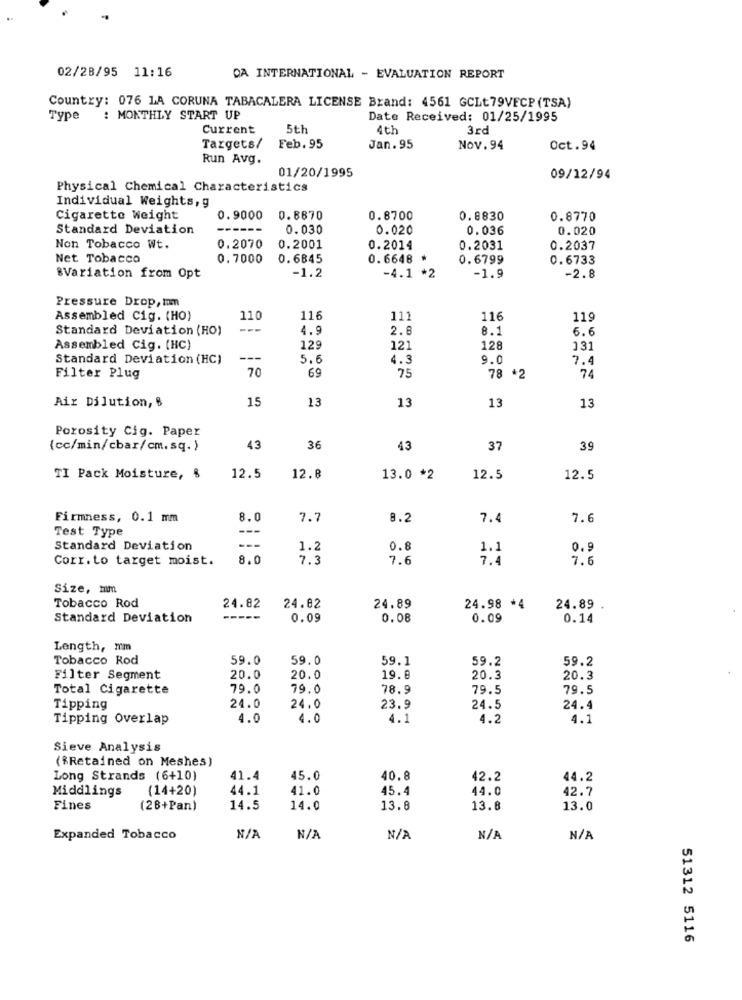
02/28/95 11:16
DA INTERNATIONAL - EVALUATION REPORT
Country: 076 LA CORUNA TABACALERA LICENSE Brand: 4561 GCLt79VECP (TSA)
Type : MONTHLY START UP
Date Received: 01/25/1995
Current
5th
4th
3rd
Targets/
Feb. 95
Jan. 95
Nov. 94
Oct.94
Run Avg.
01/20/1995
09/12/94
Physical Chemical Characteristics
Individual Weights, g
Cigarette Weight
0.9000
0.8670
0.8700
0.8830
0.8770
Standard Deviation
----
0.030
0.020
0.036
0.020
Non Tobacco Wt.
0.2070
0.2001
0.2014
0.2031
0.2037
Net Tobacco
0.7000
0.6845
0.6648
0.6799
0.6733
-1.2
-2.8
"Variation from Opt
-4.1 *2
-1.9
Pressure Drop, Im
Assembled Cig. (HO)
110
116
111
116
119
Standard Deviation (HO)
4.9
2.6
8.1
6.6
Assembled Cig. (HC)
129
121
128
131
Standard Deviation (HC)
---
5.6
1.3
9.0
70
69
75
7.4
Filter Plug
78 *2
15
13
13
13
Air Dilution, 6
13
Porosity Cig. Paper
{cc/min/cbar/cm.sq. )
43
36
43
37
39
TI Pack Moisture, $
12.5
12.8
13.0 *2
12.5
12.5
Firmness, 0.1 mm
8.0
7.7
8.2
7.4
7.6
Test Type
---
Standard Deviation
1.2
0.8
1.1
0.5
Corr.to target moist.
8.0
7.3
7.6
7.4
7.6
Size, mm
24.82
24.89
Tobacco Rod
24.82
24.98 *4
24.89
Standard Deviation
-----
0.09
0.08
0.09
0.14
Length, mm
Tobacco Rod
59.0
59.0
59.1
59.2
59.2
Filter Segment
20.0
20.0
19.8
20.3
20.3
Total Cigarette
79.0
79.0
78.9
79.5
79.5
Tipping
24.0
24.0
23.9
24.5
24.4
Tipping Overlap
4.0
1.0
4.1
4.2
4.1
Sieve Analysis
(*Retained on Meshes)
Long Strands (6+10)
41.4
45.0
40.8
42.2
44.2
Middlings
(14+20)
44.1
41.0
45.4
44.0
42.7
Fines
(28+Pan
14.5
14.0
13.8
13.8
13.0
Expanded Tobacco
51312 5116